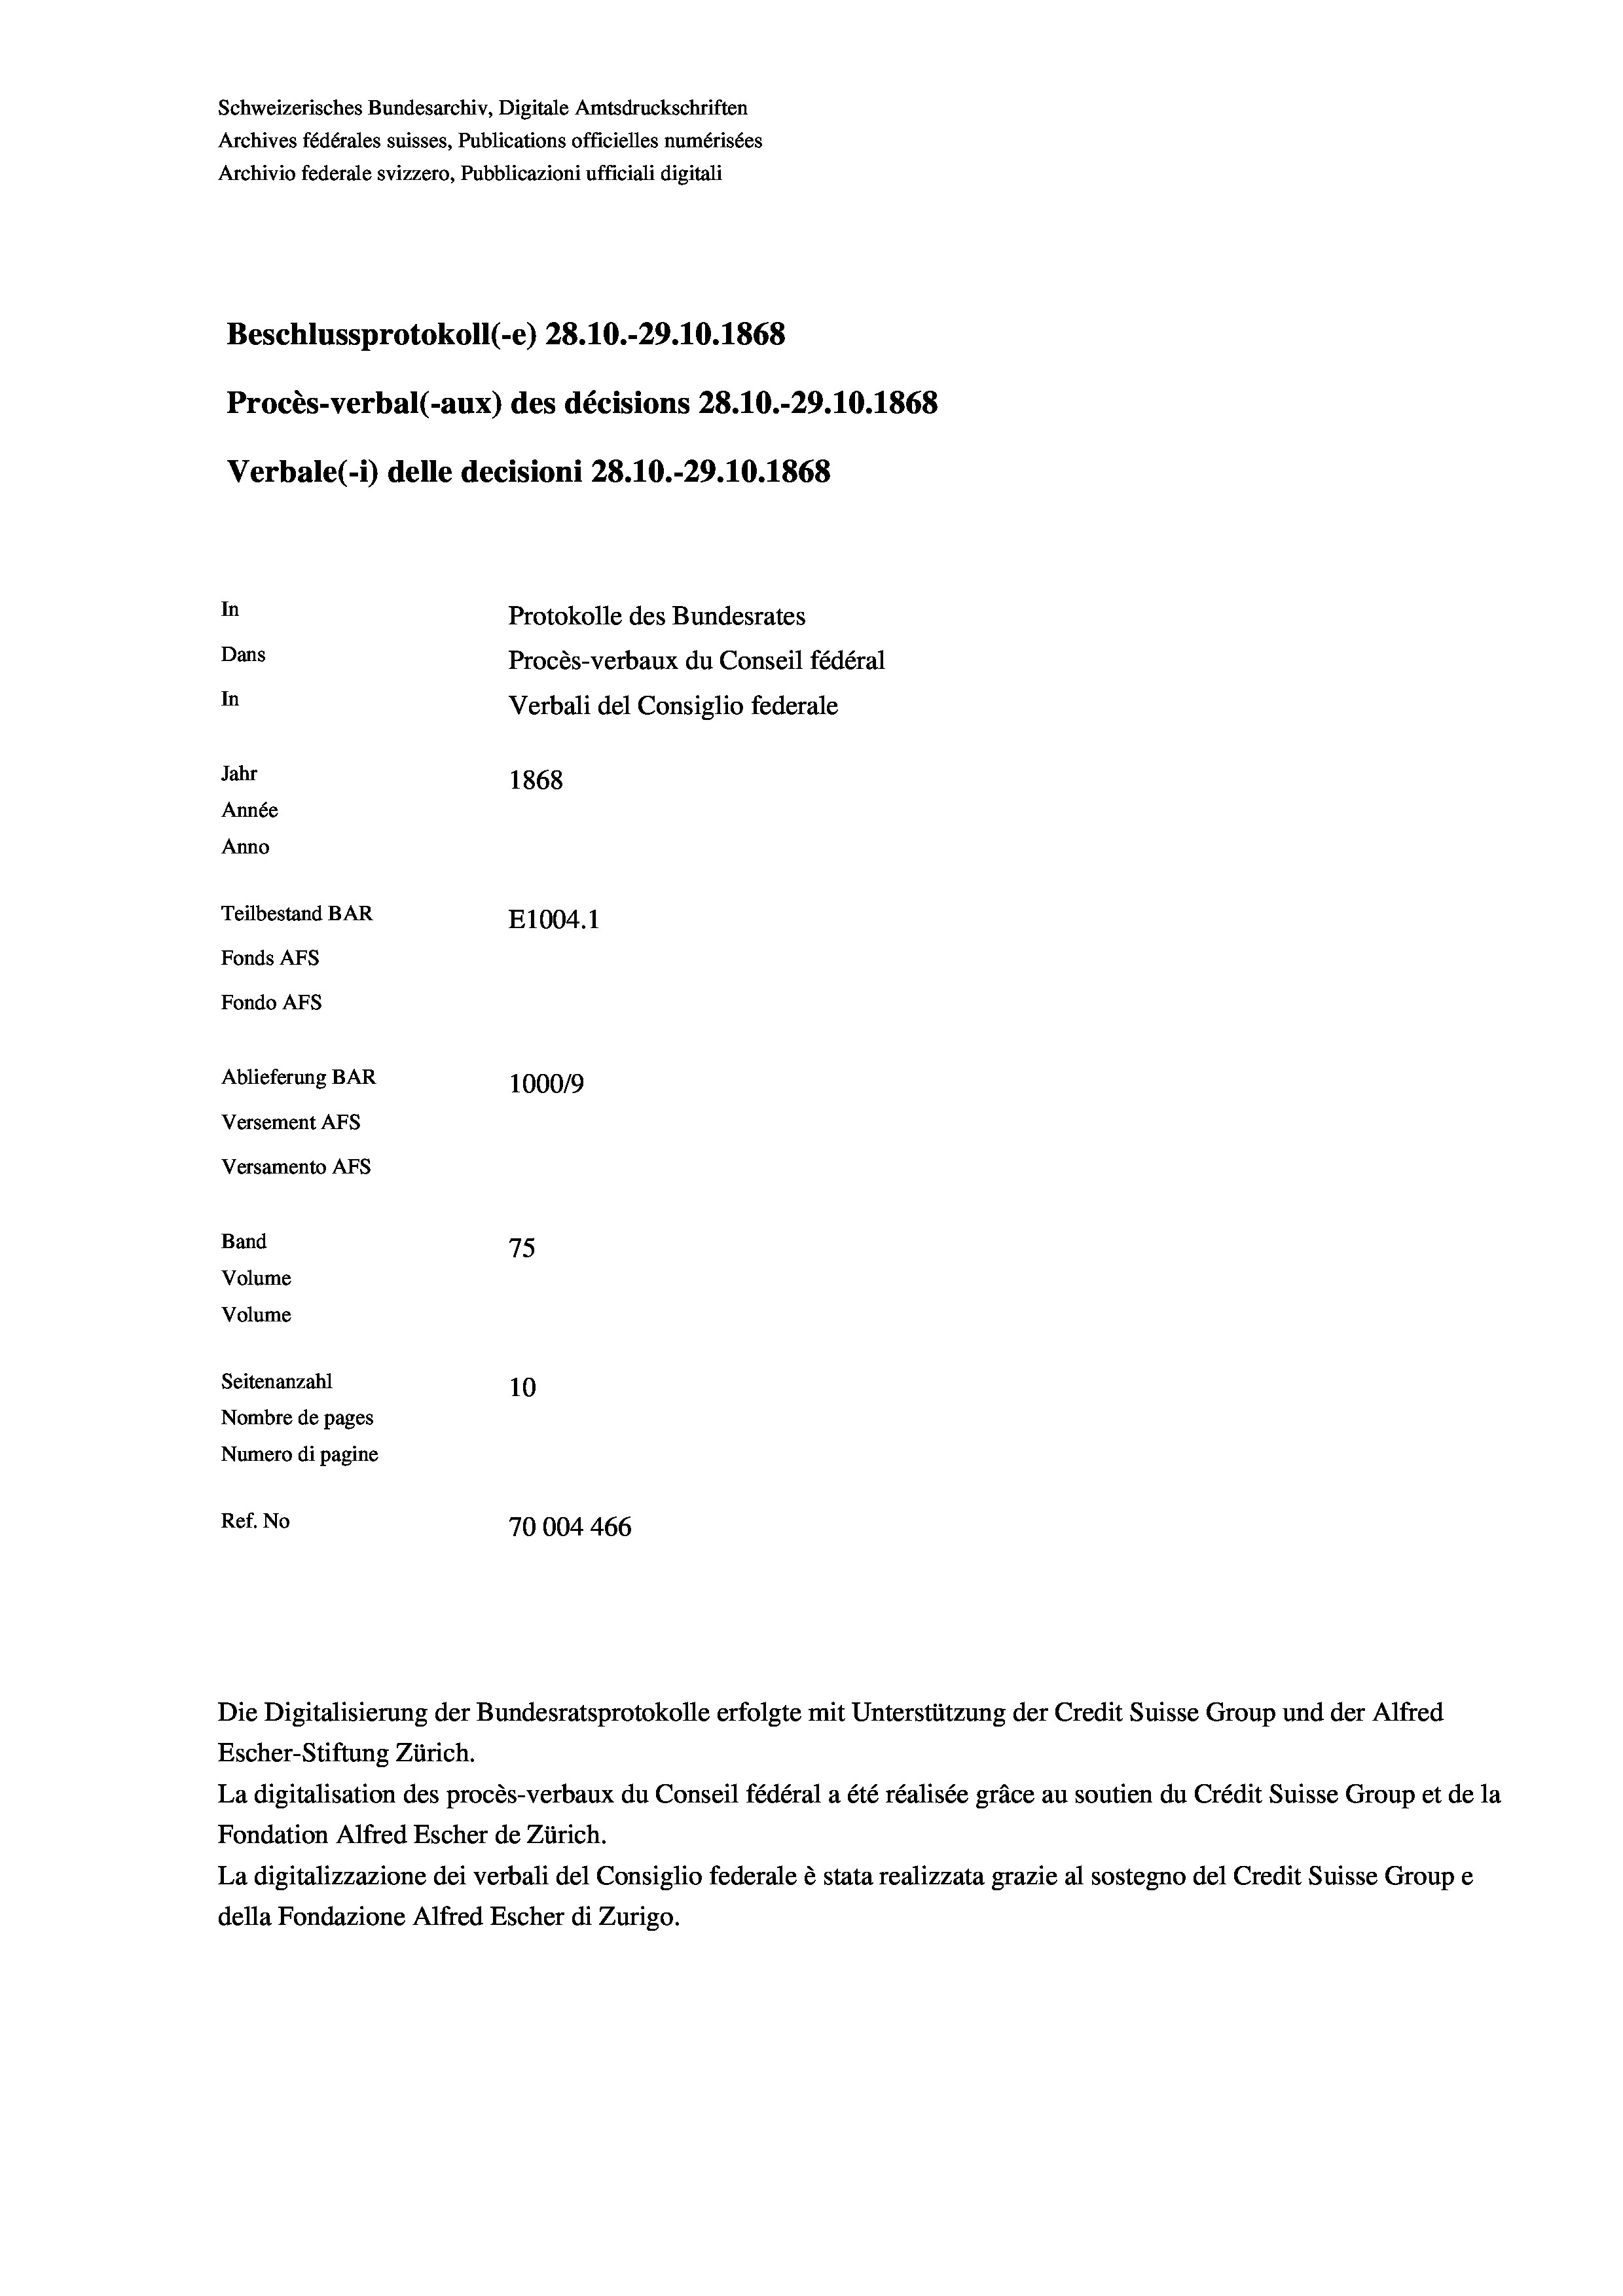
Schweizerisches Bundesarchiv, Digitale Amtsdruckschriften
Archives fédérales suisses, Publications officielles numérisées
Archivio federale svizzero, Pubblicazioni ufficiali digitali
Beschlussprotokoll (-e) 28.10.-29.10.1868
Procès-verbal (-aux) des décisions 28.10.-29.10.1868
Verbale(-*) delle decisioni 28. 10.-29.10.1868
In
Protokolle des Bundesrates
Dans
Procès-verbaux du Conseil fédéral
In
Verbali del Consiglio federale
Jahr
1868
Année
Anno
Teilbestand BAR
E1004.1
Fonds AFs
Fondo AFs
Ablieferung BAR
100019
Versement AFs
Versamento Afs
Band
75
Volume
Volume

Seitenanzahl
10
Nombre de pages
Numero di pagine
Ref. No
70004466

Escher-Stiftung Zürich.
La digitalisation des procès-verbaux du Conseil fédéral a été réalisée gräce au soutien du Crédit Suisse Group et de la
Fondation Alfred Escher de Zürich.
La digitalizzazione dei verbali del Consiglio federale è stata realizzata grazie al sostegno del Credit Suisse Groupe
della Fondazione Alfred Escher di Zurigo.

Die Digitalisierung der Bundesratsprotokolle erfolgte mit Unterstützung der Credit Suisse Group und der Alfred